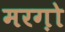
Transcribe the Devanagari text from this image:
मरग़ो